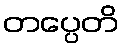
တပ္ပေတိ